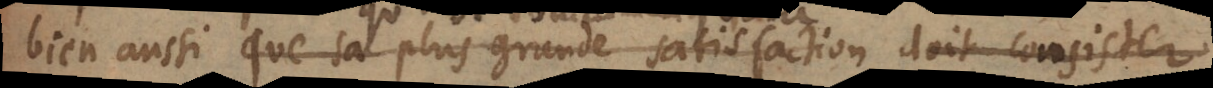
bien aussi que sa plus grande satisfaction doit consister